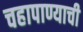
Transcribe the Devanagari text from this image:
चहापाण्याची